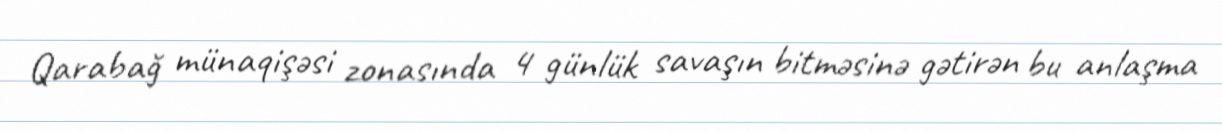
Qarabağ münaqişəsi zonasında 4 günlük savaşın bitməsinə gətirən bu anlaşma